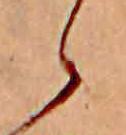
ら